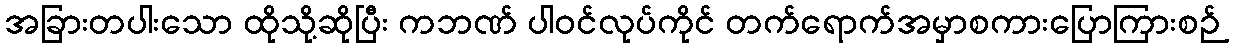
အခြားတပါးသော ထိုသို့ဆိုပြီး ကဘဏ် ပါဝင်လုပ်ကိုင် တက်ရောက်အမှာစကားပြောကြားစဉ်